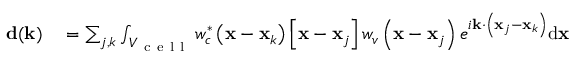
\begin{array} { r l } { \mathbf { d } ( \mathbf { k } ) } & { { } = \sum _ { j , k } \int _ { V _ { \mathrm { ~ c ~ e ~ l ~ l ~ } } } w _ { c } ^ { * } \left( \mathbf { x } - \mathbf { x } _ { k } \right) \left[ \mathbf { x } - \mathbf { x } _ { j } \right] w _ { v } \left( \mathbf { x } - \mathbf { x } _ { j } \right) e ^ { i \mathbf { k } \cdot \left( \mathbf { x } _ { j } - \mathbf { x } _ { k } \right) } \mathrm { d } \mathbf { x } } \end{array}